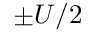
\pm U / 2